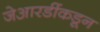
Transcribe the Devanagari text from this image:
जेआरडींकडून